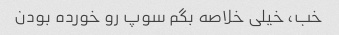
خب، خیلی خلاصه بگم سوپ رو خورده بودن